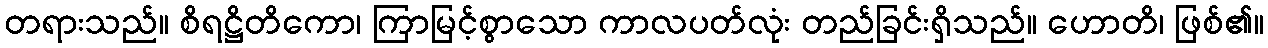
တရားသည်။ စိရဋ္ဌိတိကော၊ ကြာမြင့်စွာသော ကာလပတ်လုံး တည်ခြင်းရှိသည်။ ဟောတိ၊ ဖြစ်၏။